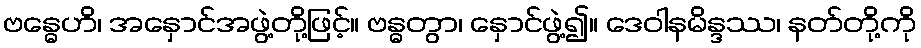
ဗန္ဓေဟိ၊ အနှောင်အဖွဲ့တို့ဖြင့်။ ဗန္ဓတွာ၊ နှောင်ဖွဲ့၍။ ဒေဝါနမိန္ဒဿ၊ နတ်တို့ကို